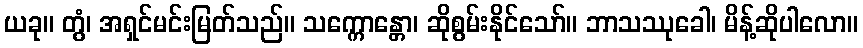
ယခု။ တွံ၊ အရှင်မင်းမြတ်သည်။ သက္ကောန္တော၊ ဆိုစွမ်းနိုင်သော်။ ဘာသဿုခေါ၊ မိန့်ဆိုပါလော။